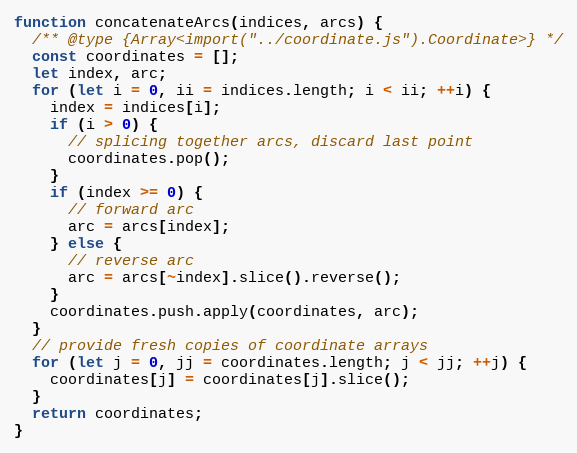
Language: JavaScript
function concatenateArcs(indices, arcs) {
  /** @type {Array<import("../coordinate.js").Coordinate>} */
  const coordinates = [];
  let index, arc;
  for (let i = 0, ii = indices.length; i < ii; ++i) {
    index = indices[i];
    if (i > 0) {
      // splicing together arcs, discard last point
      coordinates.pop();
    }
    if (index >= 0) {
      // forward arc
      arc = arcs[index];
    } else {
      // reverse arc
      arc = arcs[~index].slice().reverse();
    }
    coordinates.push.apply(coordinates, arc);
  }
  // provide fresh copies of coordinate arrays
  for (let j = 0, jj = coordinates.length; j < jj; ++j) {
    coordinates[j] = coordinates[j].slice();
  }
  return coordinates;
}